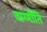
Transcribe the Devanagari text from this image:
वाग्मीति